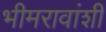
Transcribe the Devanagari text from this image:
भीमरावांशी